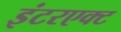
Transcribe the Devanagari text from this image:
इंटरएक्ट